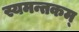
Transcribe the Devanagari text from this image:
स्यमन्तकम्